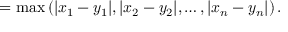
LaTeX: = \operatorname* { m a x } \left( | x _ { 1 } - y _ { 1 } | , | x _ { 2 } - y _ { 2 } | , \ldots , | x _ { n } - y _ { n } | \right) .